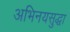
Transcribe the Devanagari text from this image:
अभिनयसुद्धा